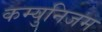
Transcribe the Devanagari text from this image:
कम्युनिजम